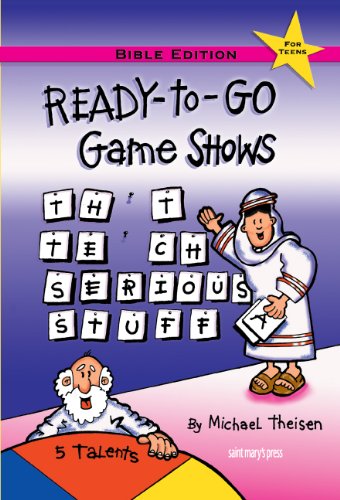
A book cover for Ready-to-Go Game Shows That Teach Serious Stuff: Bible Edition; Michael Theisen; Children's Books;